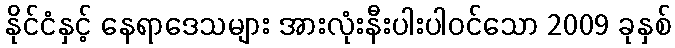
နိုင်ငံနှင့် နေရာဒေသများ အားလုံးနီးပါးပါဝင်သော 2009 ခုနှစ်